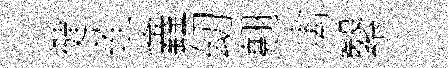
徤莲鑫㓜翹禽繄